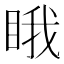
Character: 睋